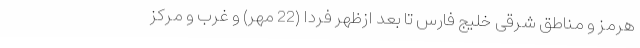
هرمز و مناطق شرقی خلیج فارس تا بعد ازظهر فردا (22 مهر) و غرب و مرکز